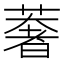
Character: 𮑂